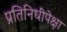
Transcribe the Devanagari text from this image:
प्रतिनिधींपेक्षा